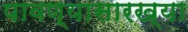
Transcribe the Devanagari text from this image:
पावण्यासारख्या